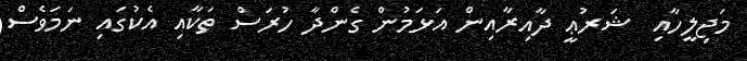
މަޖިލީހާއި  ޝަރުޢީ ދާއިރާއިން އަޅަމުން ގެންދާ ހުރަސް ތަކާއި އެކުގައި ނަމަވެސް